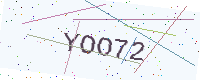
Text: YOO72